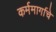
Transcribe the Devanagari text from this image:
कर्ममार्गाचे